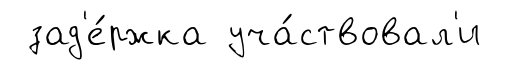
зад'е́ржка уча́ствовал'и